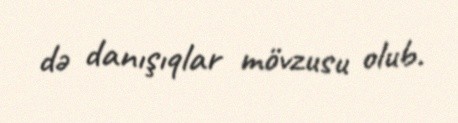
də danışıqlar mövzusu olub.